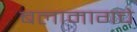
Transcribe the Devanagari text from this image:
बलामागचे